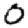
Digit: 0